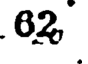
62